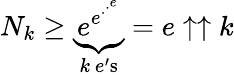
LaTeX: N_{k}\geq\underbrace{e^{e^{\cdot^{\cdot^{e}}}}}_{k\ e^{\prime}{\mathrm{s}}}=e\uparrow\uparrow k